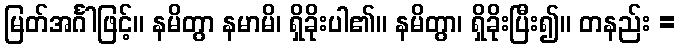
မြတ်အင်္ဂါဖြင့်။ နမိတွာ နမာမိ၊ ရှိခိုးပါ၏။ နမိတွာ၊ ရှိခိုးပြီး၍။ တနည်း =